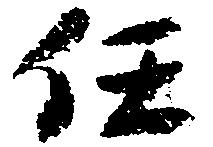
任